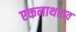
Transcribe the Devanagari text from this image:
एकनाथराव